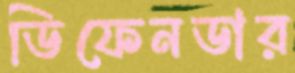
ডিফেনডার